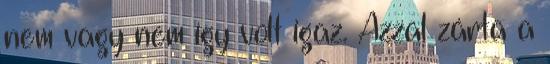
nem vagy nem így volt igaz. Azzal zárta a